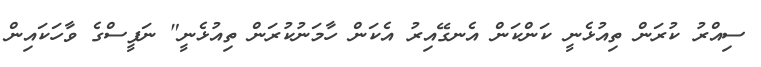
ސިއްރު ކުރަން ތިއުޅެނީ ކަންކަން އެނގޭއިރު އެކަން ހާމަނުކުރަން ތިއުޅެނީ" ނަފީސްގެ ވާހަކައިން